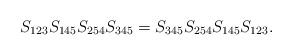
\begin{align*}S_{123}S_{145}S_{254}S_{345}=S_{345}S_{254}S_{145}S_{123}.\end{align*}